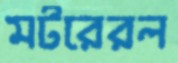
মটরেরল